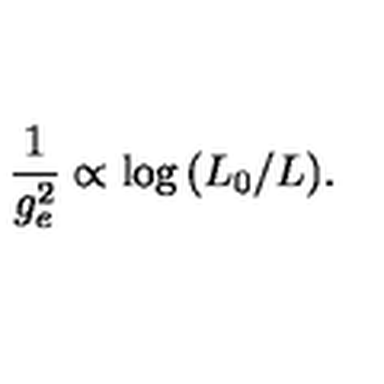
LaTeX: { \frac { 1 } { g _ { e } ^ { 2 } } } \propto \log { ( L _ { 0 } / L ) } .